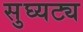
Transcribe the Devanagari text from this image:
सुघ्यट्य